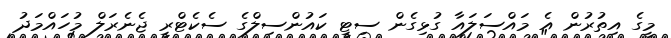
މީގެ އިތުރުން އެ މައްސަލައާ ގުޅިގެން ސިޓީ ކައުންސިލްގެ ސެކެޓްރީ ޖެނެރަލް މުހައްމަދު